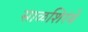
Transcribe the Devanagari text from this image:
साळशिरंबे